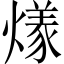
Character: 𬋌